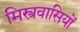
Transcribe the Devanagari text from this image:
मिस्त्रवासियों